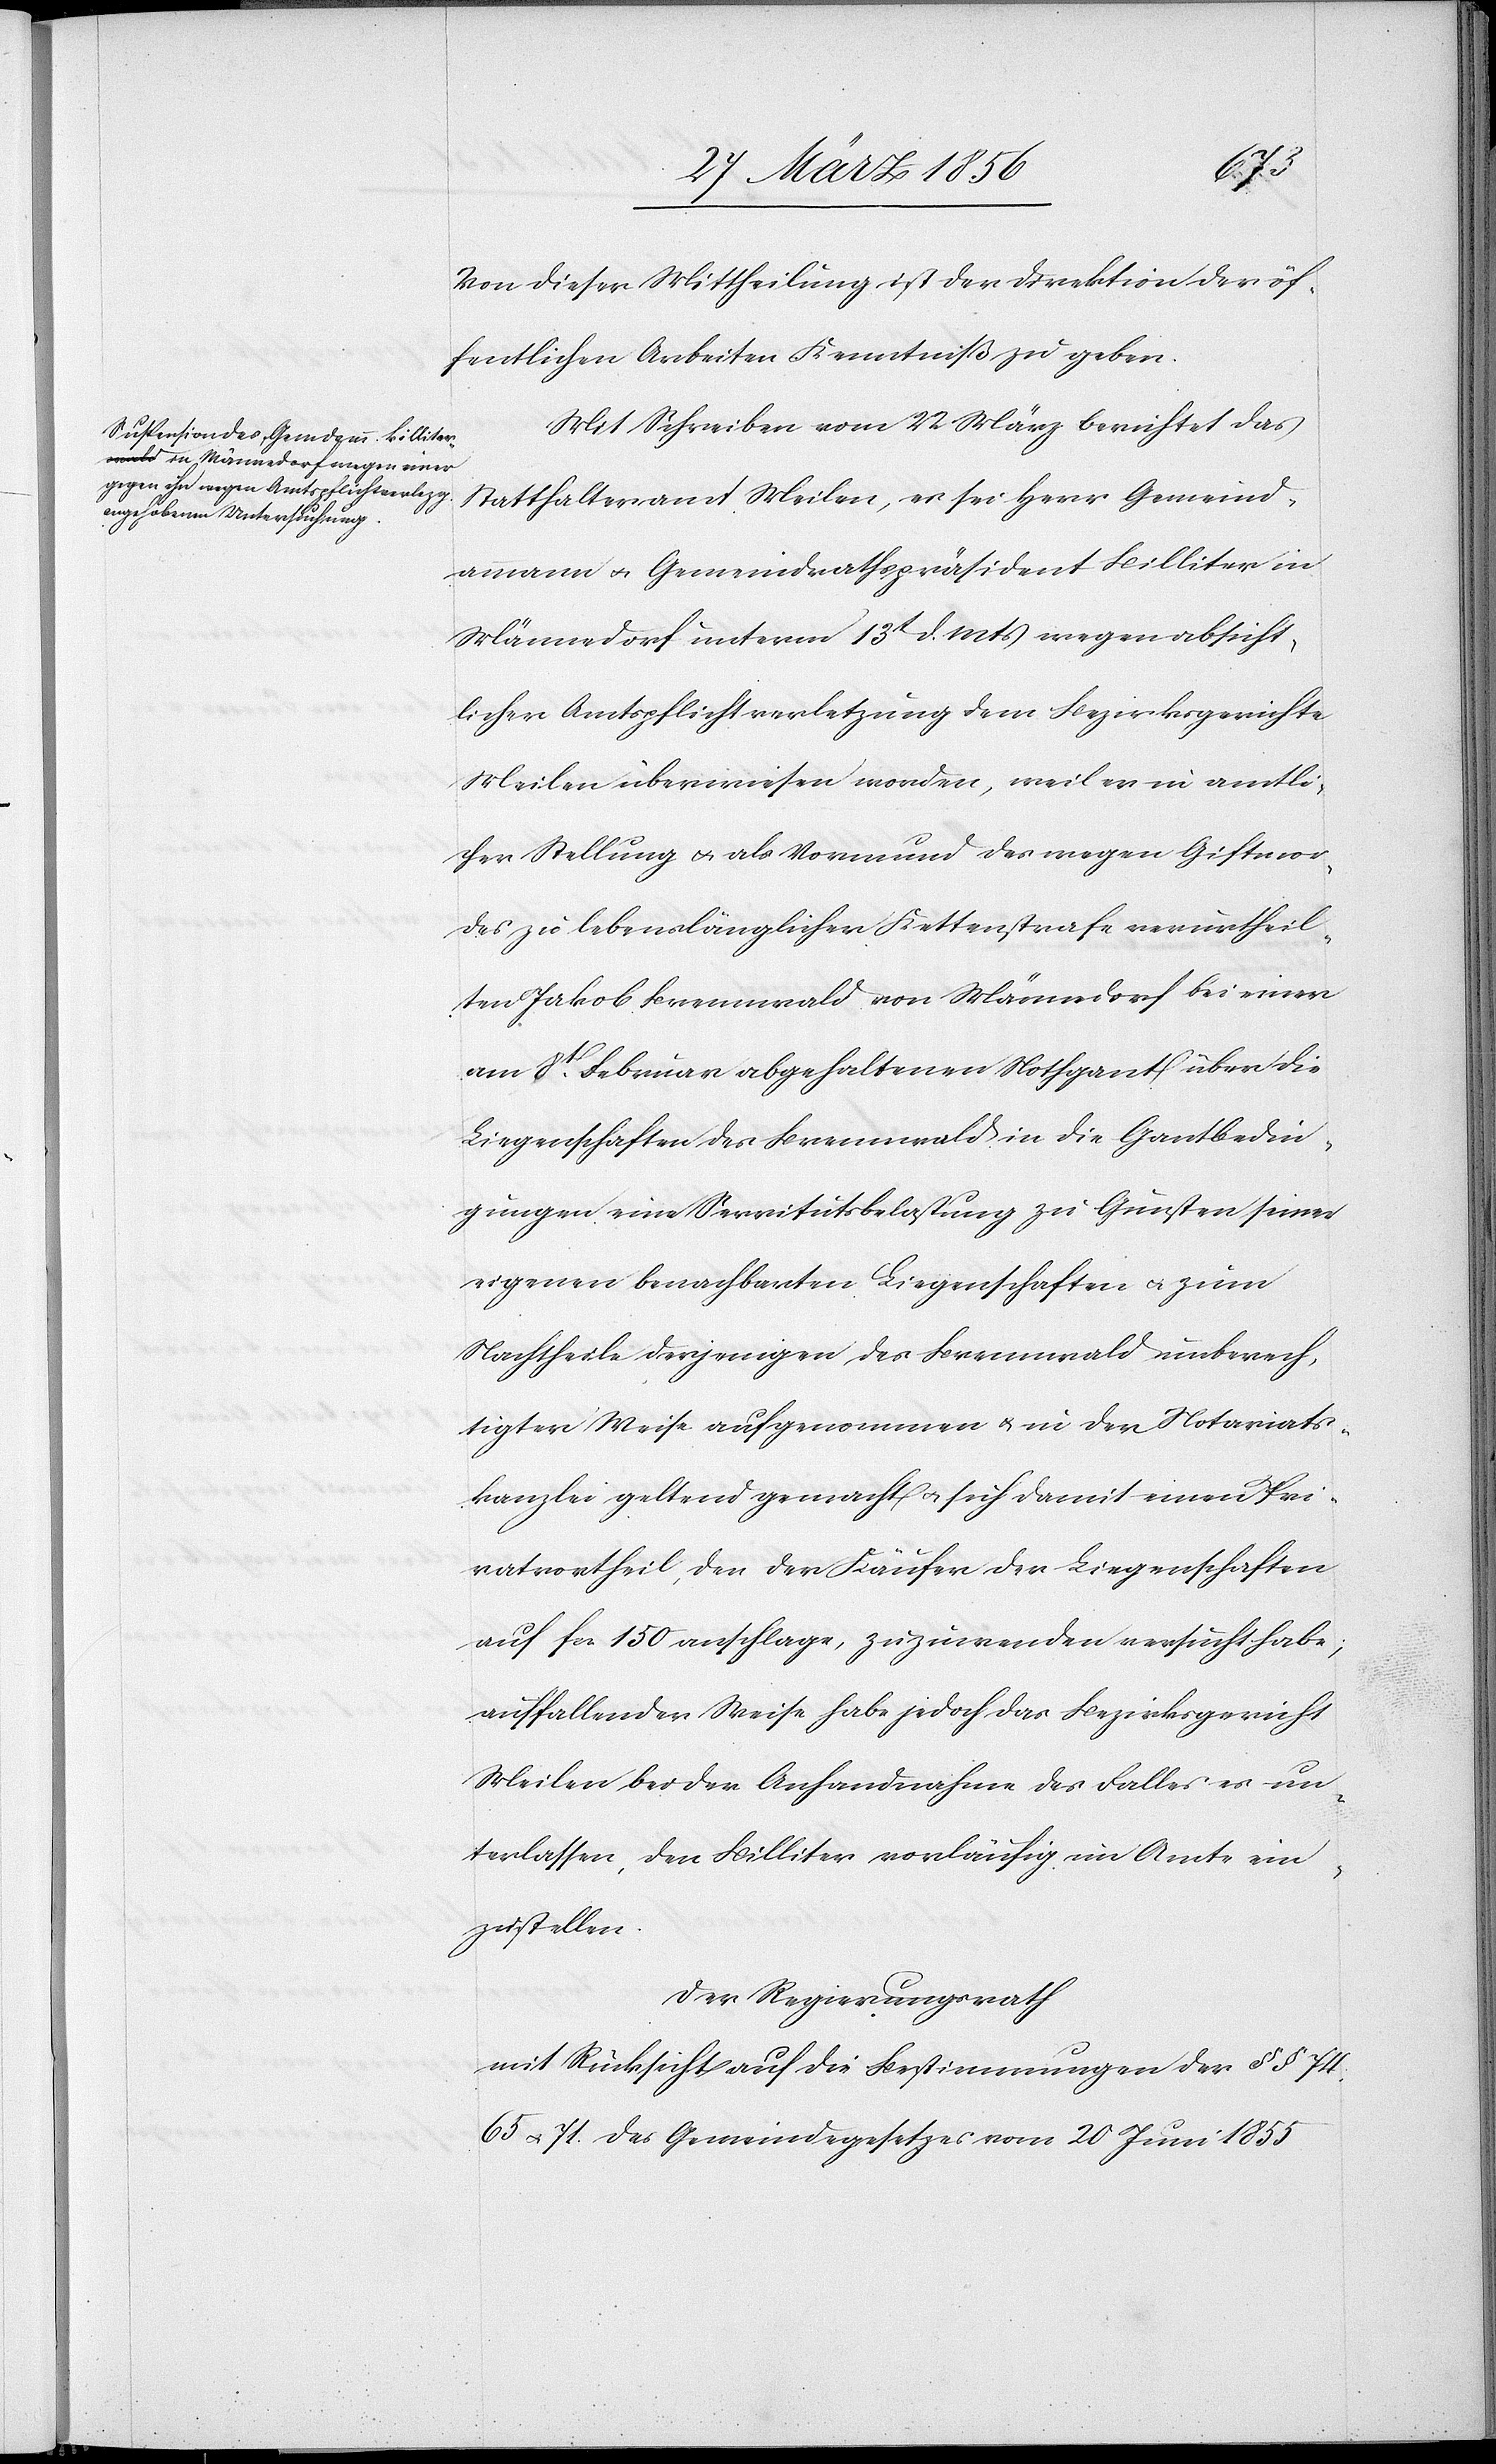
Von dieser Mittheilung ist der Direktion der öf¬
fentlichen Arbeiten Kenntniß zu geben.
Mit Schreiben vom 22 März berichtet das
Statthalteramt Meilen, es sei Herr Gemeind¬
ammann u. Gemeindrathspräsident Billiter in
Männedorf unterm 13t d. Mts wegen absicht¬
licher Amtspflichtverletzung dem Bezirksgerichte
Meilen überwiesen worden, weil er in amtli¬
cher Stellung u. als Vormund des wegen Giftmor¬
des zu lebenslänglicher Kettenstrafe verurtheil¬
ten Jakob Brennwald von Männedorf bei einer
am 8t Februar abgehaltenen Nothgant über die
Liegenschaften des Brennwald in die Gantbedin¬
gungen eine Servitutsbelastung zu Gunsten seiner
eigenen benachbarten Liegenschaften u. zum
Nachtheile derjenigen des Brennwald unberech¬
tigten Weise aufgenommenen u. in der Notariats¬
kanzlei geltend gemacht u. sich damit einen Pri¬
vatvortheil, den der Käufer der Liegenschaften
auf fcs. 150 anschlage, zuzuwenden versucht habe;
auffallender Weise habe jedoch das Bezirksgericht
Meilen bei der Anhandnahme des Falles es un¬
terlassen, den Billiter vorläufig im Amte ein¬
zustellen.
Der Regierungsrath
mit Rücksicht auf die Bestimmungen der §§ 74,
65 u. 71. des Gemeindegesetzes vom 20 Juni 1855